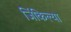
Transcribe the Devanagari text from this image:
जिंकिल्या